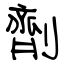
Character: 劑